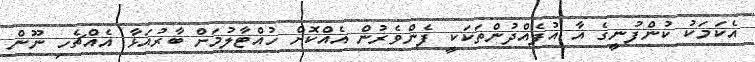
އެކަމަކު ކުންފުނީގެ އާ އުފެއްދުންތަކަކީ ފެންވެރުން އެއްކޮށް ހުއްޓާލުމަށް ބާރުއަޅާ އެއްޗެހި ނޫން